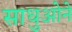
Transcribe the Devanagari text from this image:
साधुओने